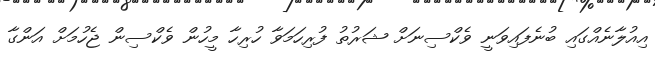
އިއުލާނެއްގައި ބުނެފައިވަނީ ވެކްސިނަށް ޝަރުތު ފުރިހަމަވާ ހުރިހާ މީހުން ވެކްސިން ޖެހުމަށް އަންގާ